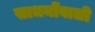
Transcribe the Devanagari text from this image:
साधनोंवाली